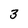
Character: 3